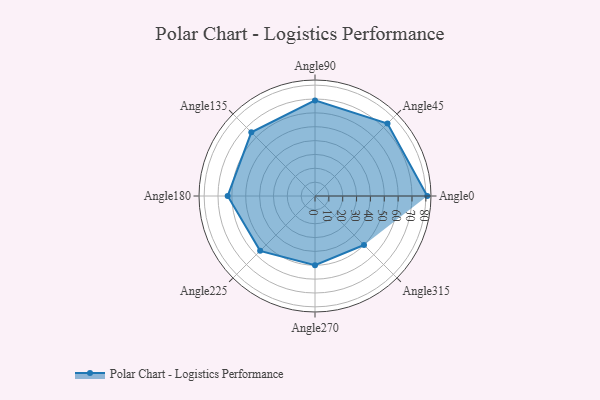
{"axis": {"x": "Angle", "y": "Radius"}, "legend": [""], "data": [{"x": "Angle0", "y": 81.0, "type": ""}, {"x": "Angle45", "y": 74.0, "type": ""}, {"x": "Angle90", "y": 69.0, "type": ""}, {"x": "Angle135", "y": 65.0, "type": ""}, {"x": "Angle180", "y": 63.0, "type": ""}, {"x": "Angle225", "y": 56.0, "type": ""}, {"x": "Angle270", "y": 50, "type": ""}, {"x": "Angle315", "y": 50, "type": ""}]}